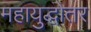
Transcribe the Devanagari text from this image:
महायुद्धोतर